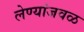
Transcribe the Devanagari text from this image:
लेण्यांजवळ